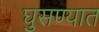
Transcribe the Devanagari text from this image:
घुसण्यात